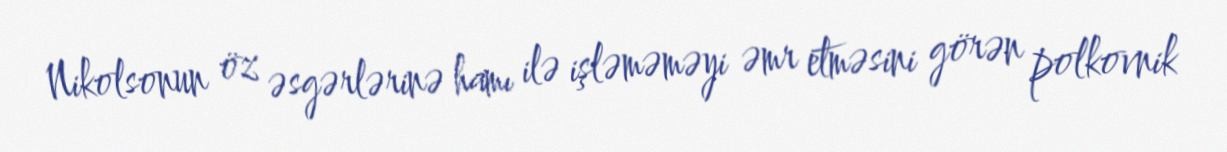
Nikolsonun öz əsgərlərinə hamı ilə işləməməyi əmr etməsini görən polkovnik